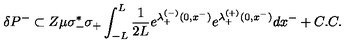
\delta P ^ { - } \subset Z \mu \sigma _ { - } ^ { * } \sigma _ { + } \int _ { - L } ^ { L } { \frac { 1 } { 2 L } } e ^ { \lambda _ { + } ^ { ( - ) } ( 0 , x ^ { - } ) } e ^ { \lambda _ { + } ^ { ( + ) } ( 0 , x ^ { - } ) } d x ^ { - } + C . C .